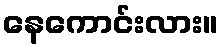
နေကောင်းလား။